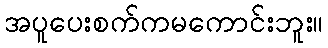
အပူပေးစက်ကမကောင်းဘူး။